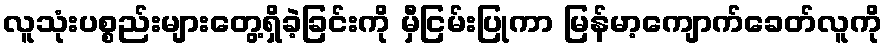
လူသုံးပစ္စည်းများတွေ့ရှိခဲ့ခြင်းကို မှီငြမ်းပြုကာ မြန်မာ့ကျောက်ခေတ်လူကို